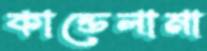
কান্ডেলামা